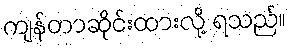
ကျန်တာဆိုင်းထားလို့ ရသည်။